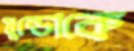
মুন্ডোকে